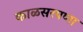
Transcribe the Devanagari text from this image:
काळसरपणा